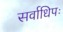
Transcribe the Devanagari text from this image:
सर्वाधिपः